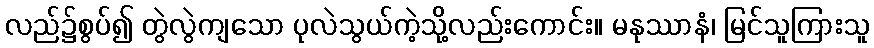
လည်၌စွပ်၍ တွဲလွဲကျသော ပုလဲသွယ်ကဲ့သို့လည်းကောင်း။ မနုဿာနံ၊ မြင်သူကြားသူ